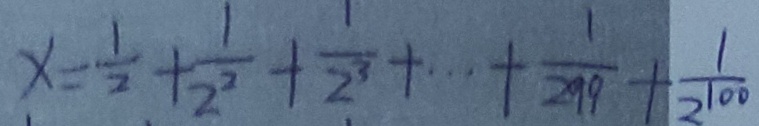
x = \frac { 1 } { 2 } + \frac { 1 } { 2 ^ { 2 } } + \frac { 1 } { 2 ^ { 3 } } + \cdots + \frac { 1 } { 2 ^ { 9 9 } } + \frac { 1 } { 2 ^ { 1 0 0 } }